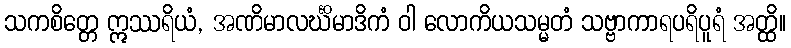
သကစိတ္တေ ဣဿရိယံ, အဏိမာလင်္ဃိမာဒိကံ ဝါ လောကိယသမ္မတံ သဗ္ဗာကာရပရိပူရံ အတ္ထိ။